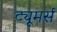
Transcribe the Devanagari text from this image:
ट्यूमर्स